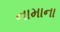
નામાના